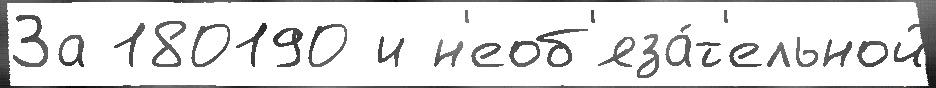
За 180190 и н'еоб'яза́т'ельной